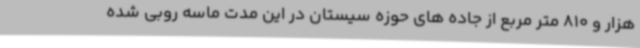
هزار و 810 متر مربع از جاده های حوزه سیستان در این مدت ماسه روبی شده